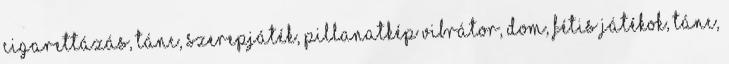
Cigarettázás, Tánc, Szerepjáték, Pillanatkép Vibrátor, Dom, Fétis játékok, Tánc,